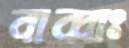
বাব্বাঃ